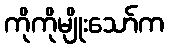
ကိုကိုမျိုးသော်က